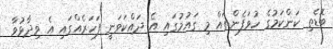
ބޮޑެތި ކަންކަމުގެ ހުވަފެންތައް މި ގައުމުގައި އެ ދައްކަވަނީ ފަހަރެއްގައި އެ ވިދާޅުވާ